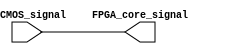
module LVCMOS_buffer (
    input wire LVCMOS_signal,
    output reg FPGA_core_signal
);

assign FPGA_core_signal = LVCMOS_signal;

endmodule